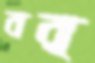
বর্